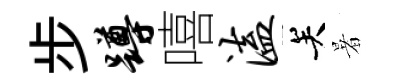
步蹲嘻溘关暑